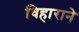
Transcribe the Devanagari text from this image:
विहाराने